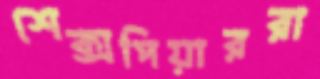
শেক্সপিয়াররা